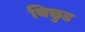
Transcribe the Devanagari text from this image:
बिछुड